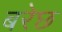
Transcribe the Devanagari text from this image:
बरेछ